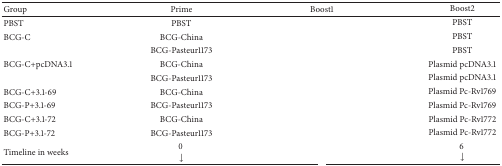
<table><thead><tr><td><b>Group</b></td><td><b>Prime</b></td><td><b>Boost1</b></td><td><b>Boost2</b></td></tr></thead><tbody><tr><td>PBST</td><td>PBST </td><td>[EMPTY_CELL]</td><td>PBST</td></tr><tr><td>BCG-C</td><td>BCG-China </td><td>[EMPTY_CELL]</td><td>PBST</td></tr><tr><td>[EMPTY_CELL]</td><td>BCG-Pasteur1173 </td><td>[EMPTY_CELL]</td><td>PBST</td></tr><tr><td>BCG-C+pcDNA3.1</td><td>BCG-China</td><td>[EMPTY_CELL]</td><td>Plasmid pcDNA3.1</td></tr><tr><td>[EMPTY_CELL]</td><td>BCG-Pasteur1173 </td><td>[EMPTY_CELL]</td><td>Plasmid pcDNA3.1</td></tr><tr><td>BCG-C+3.1-69</td><td>BCG-China</td><td>[EMPTY_CELL]</td><td>Plasmid Pc-Rv1769</td></tr><tr><td>BCG-P+3.1-69</td><td>BCG-Pasteur1173 </td><td>[EMPTY_CELL]</td><td>Plasmid Pc-Rv1769</td></tr><tr><td>BCG-C+3.1-72</td><td>BCG-China </td><td>[EMPTY_CELL]</td><td>Plasmid Pc-Rv1772</td></tr><tr><td>BCG-P+3.1-72</td><td>BCG-Pasteur1173 </td><td>[EMPTY_CELL]</td><td>Plasmid Pc-Rv1772</td></tr><tr><td>Timeline in weeks</td><td>0 ↓</td><td>[EMPTY_CELL]</td><td>6 ↓</td></tr></tbody></table>